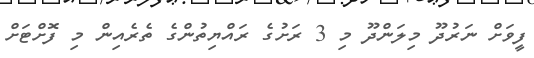
ފީވަށް ނަރުދޫ މިލަންދޫ މި 3 ރަށުގެ ރައްޔިތުންގެ ތެރެއިން މި ފޮށްޓަށް